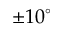
\pm 1 0 ^ { \circ }